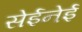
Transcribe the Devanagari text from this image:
सेईनेई